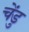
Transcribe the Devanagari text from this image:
चेंडु